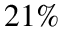
2 1 \%